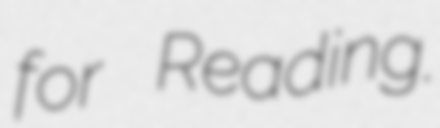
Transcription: for Reading.